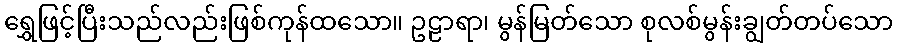
ရွှေဖြင့်ပြီးသည်လည်းဖြစ်ကုန်ထသော။ ဥဠာရာ၊ မွန်မြတ်သော စုလစ်မွန်းချွတ်တပ်သော